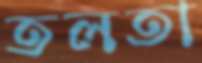
তলতা